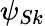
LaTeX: \psi_{Sk}